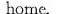
home.